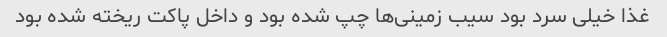
غذا خیلی سرد بود سیب زمینی‌ها چپ شده بود و داخل پاکت ریخته شده بود